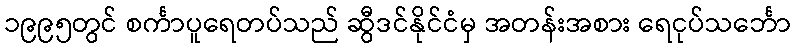
၁၉၉၅တွင် စင်္ကာပူရေတပ်သည် ဆွီဒင်နိုင်ငံမှ အတန်းအစား ရေငုပ်သင်္ဘော